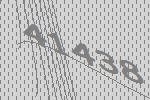
41438